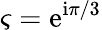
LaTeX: \varsigma=\mathrm{e}^{\mathrm{i}\pi/3}